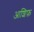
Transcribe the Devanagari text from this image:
आशिफ़